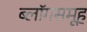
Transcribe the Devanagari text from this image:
ब्लॉगसमूह